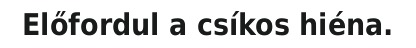
Előfordul a csíkos hiéna.